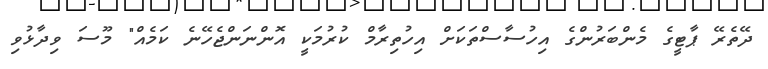
ދޭތެރޭ ޕާޓީގެ މެންބަރުންގެ އިހުސާސްތަކަށް އިހުތިރާމް ކުރުމަކީ އޮންނަންޖެހޭނެ ކަމެއް" މޫސަ ވިދާޅުވި